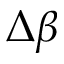
\Delta \beta